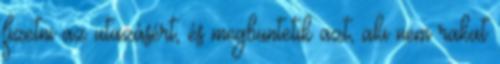
fizetni az utazásért, és megbüntetik azt, aki nem rakat